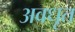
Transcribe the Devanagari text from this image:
अवधृत